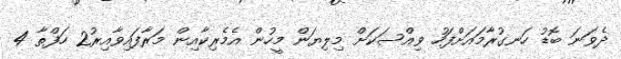
ދެވަނަ ބޮޑު ހަނގުރާމައަށްފަހު ވިއްސަކަށް މިލިޔަން މީހުން އެމެރިކާއިން މަރާފައިވާއިރު2 ހަފްތާ 4